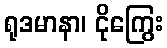
ရုဒမာနာ၊ ငိုကြွေး